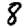
Digit: 8